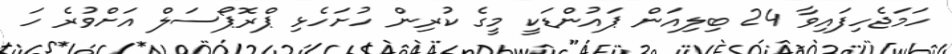
ހަމަޖެހިފައިވާ 24 ބިލިއަން ޕައުންޑަކީ މީގެ ކުރިން ހުށަހެޅި ޕްރޮޕޯސަލް އަށްވުރެ ހަ